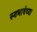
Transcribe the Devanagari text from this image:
स्वभाषेच्या